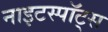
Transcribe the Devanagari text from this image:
नाइटस्पॉट्स